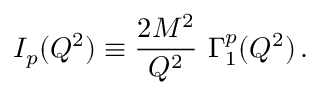
I _ { p } ( Q ^ { 2 } ) \equiv { \frac { 2 M ^ { 2 } } { Q ^ { 2 } } } ~ \Gamma _ { 1 } ^ { p } ( Q ^ { 2 } ) \, .